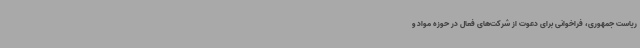
ریاست جمهوری، فراخوانی برای دعوت از شرکت‌های فعال در حوزه مواد و